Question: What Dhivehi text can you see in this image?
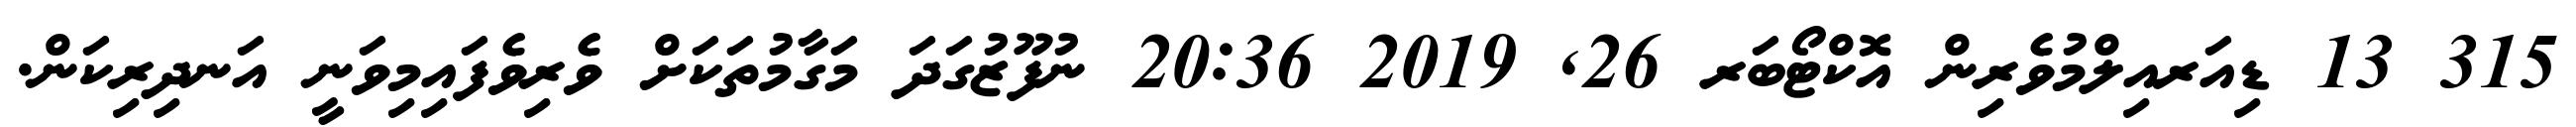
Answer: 315 13 ޑިއަރއިލްމުވެރިން އޮކްޓޯބަރ 26, 2019 20:36 ނުފޫޒުގަދަ މަގާމުތަކަށް ވެރިވެފައިމިވަނީ އަނދިރިކަން.